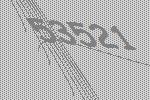
53521